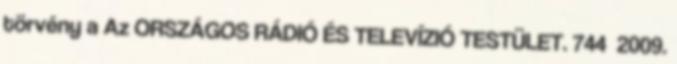
törvény a Az ORSZÁGOS RÁDIÓ ÉS TELEVÍZIÓ TESTÜLET. 744 2009.